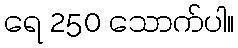
ရေ 250 သောက်ပါ။